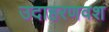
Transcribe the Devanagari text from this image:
उदाहरणवश